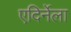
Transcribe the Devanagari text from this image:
एदिर्नेला